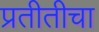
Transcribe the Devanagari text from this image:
प्रतीतीचा